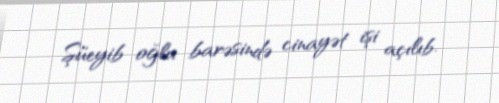
Şüeyib oğlu barəsində cinayət işi açılıb.